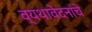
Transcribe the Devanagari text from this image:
व्यथावेदनांचे